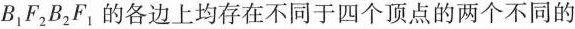
B_{1}F_{2}B_{2}F_{1}的各边上均存在不同于四个顶点a的两个不同的